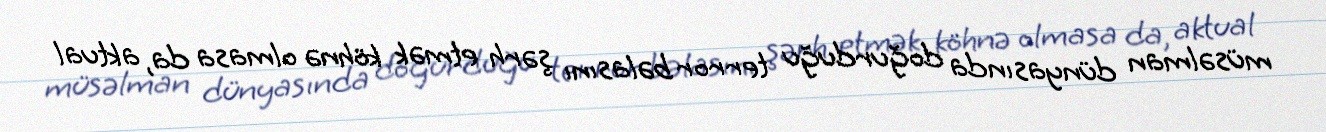
müsəlman dünyasında doğurduğu terror bəlasını şərh etmək köhnə olmasa da, aktual